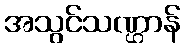
အသွင်သဏ္ဌာန်